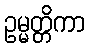
ဥမ္မတ္တိကာ